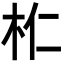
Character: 𣏴